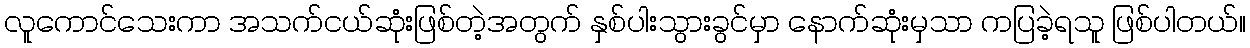
လူကောင်သေးကာ အသက်ငယ်ဆုံးဖြစ်တဲ့အတွက် နှစ်ပါးသွားခွင်မှာ နောက်ဆုံးမှသာ ကပြခဲ့ရသူ ဖြစ်ပါတယ်။